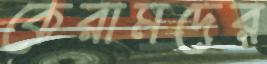
কেরামদের